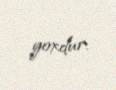
yoxdur.